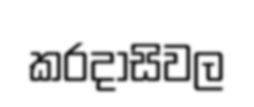
කරදාසිවල